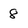
Character: 8